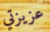
عزيزتي